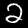
Label: 2